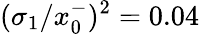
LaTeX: (\sigma_{1}/x_{0}^{-})^{2}=0.04